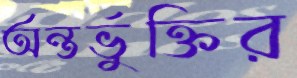
অন্তর্ভুক্তির